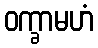
ဝက္ခာမဟံ